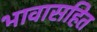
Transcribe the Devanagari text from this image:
भावासहित